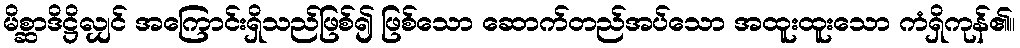
မိစ္ဆာဒိဋ္ဌိလျှင် အကြောင်းရှိသည်ဖြစ်၍ ဖြစ်သော ဆောက်တည်အပ်သော အထူးထူးသော ကံရှိကုန်၏။